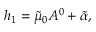
h _ { 1 } = \tilde { \mu } _ { 0 } A ^ { 0 } + \tilde { \alpha } ,